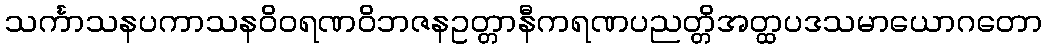
သင်္ကာသနပကာသနဝိဝရဏဝိဘဇနဥတ္တာနီကရဏပညတ္တိအတ္ထပဒသမာယောဂတော